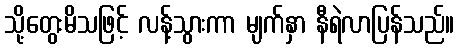
သို့တွေးမိသဖြင့် လန့်သွားကာ မျက်နှာ နီရဲလာပြန်သည်။